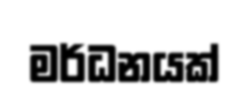
මර්ධනයක්